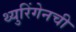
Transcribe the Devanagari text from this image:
थ्युरिंगेनची